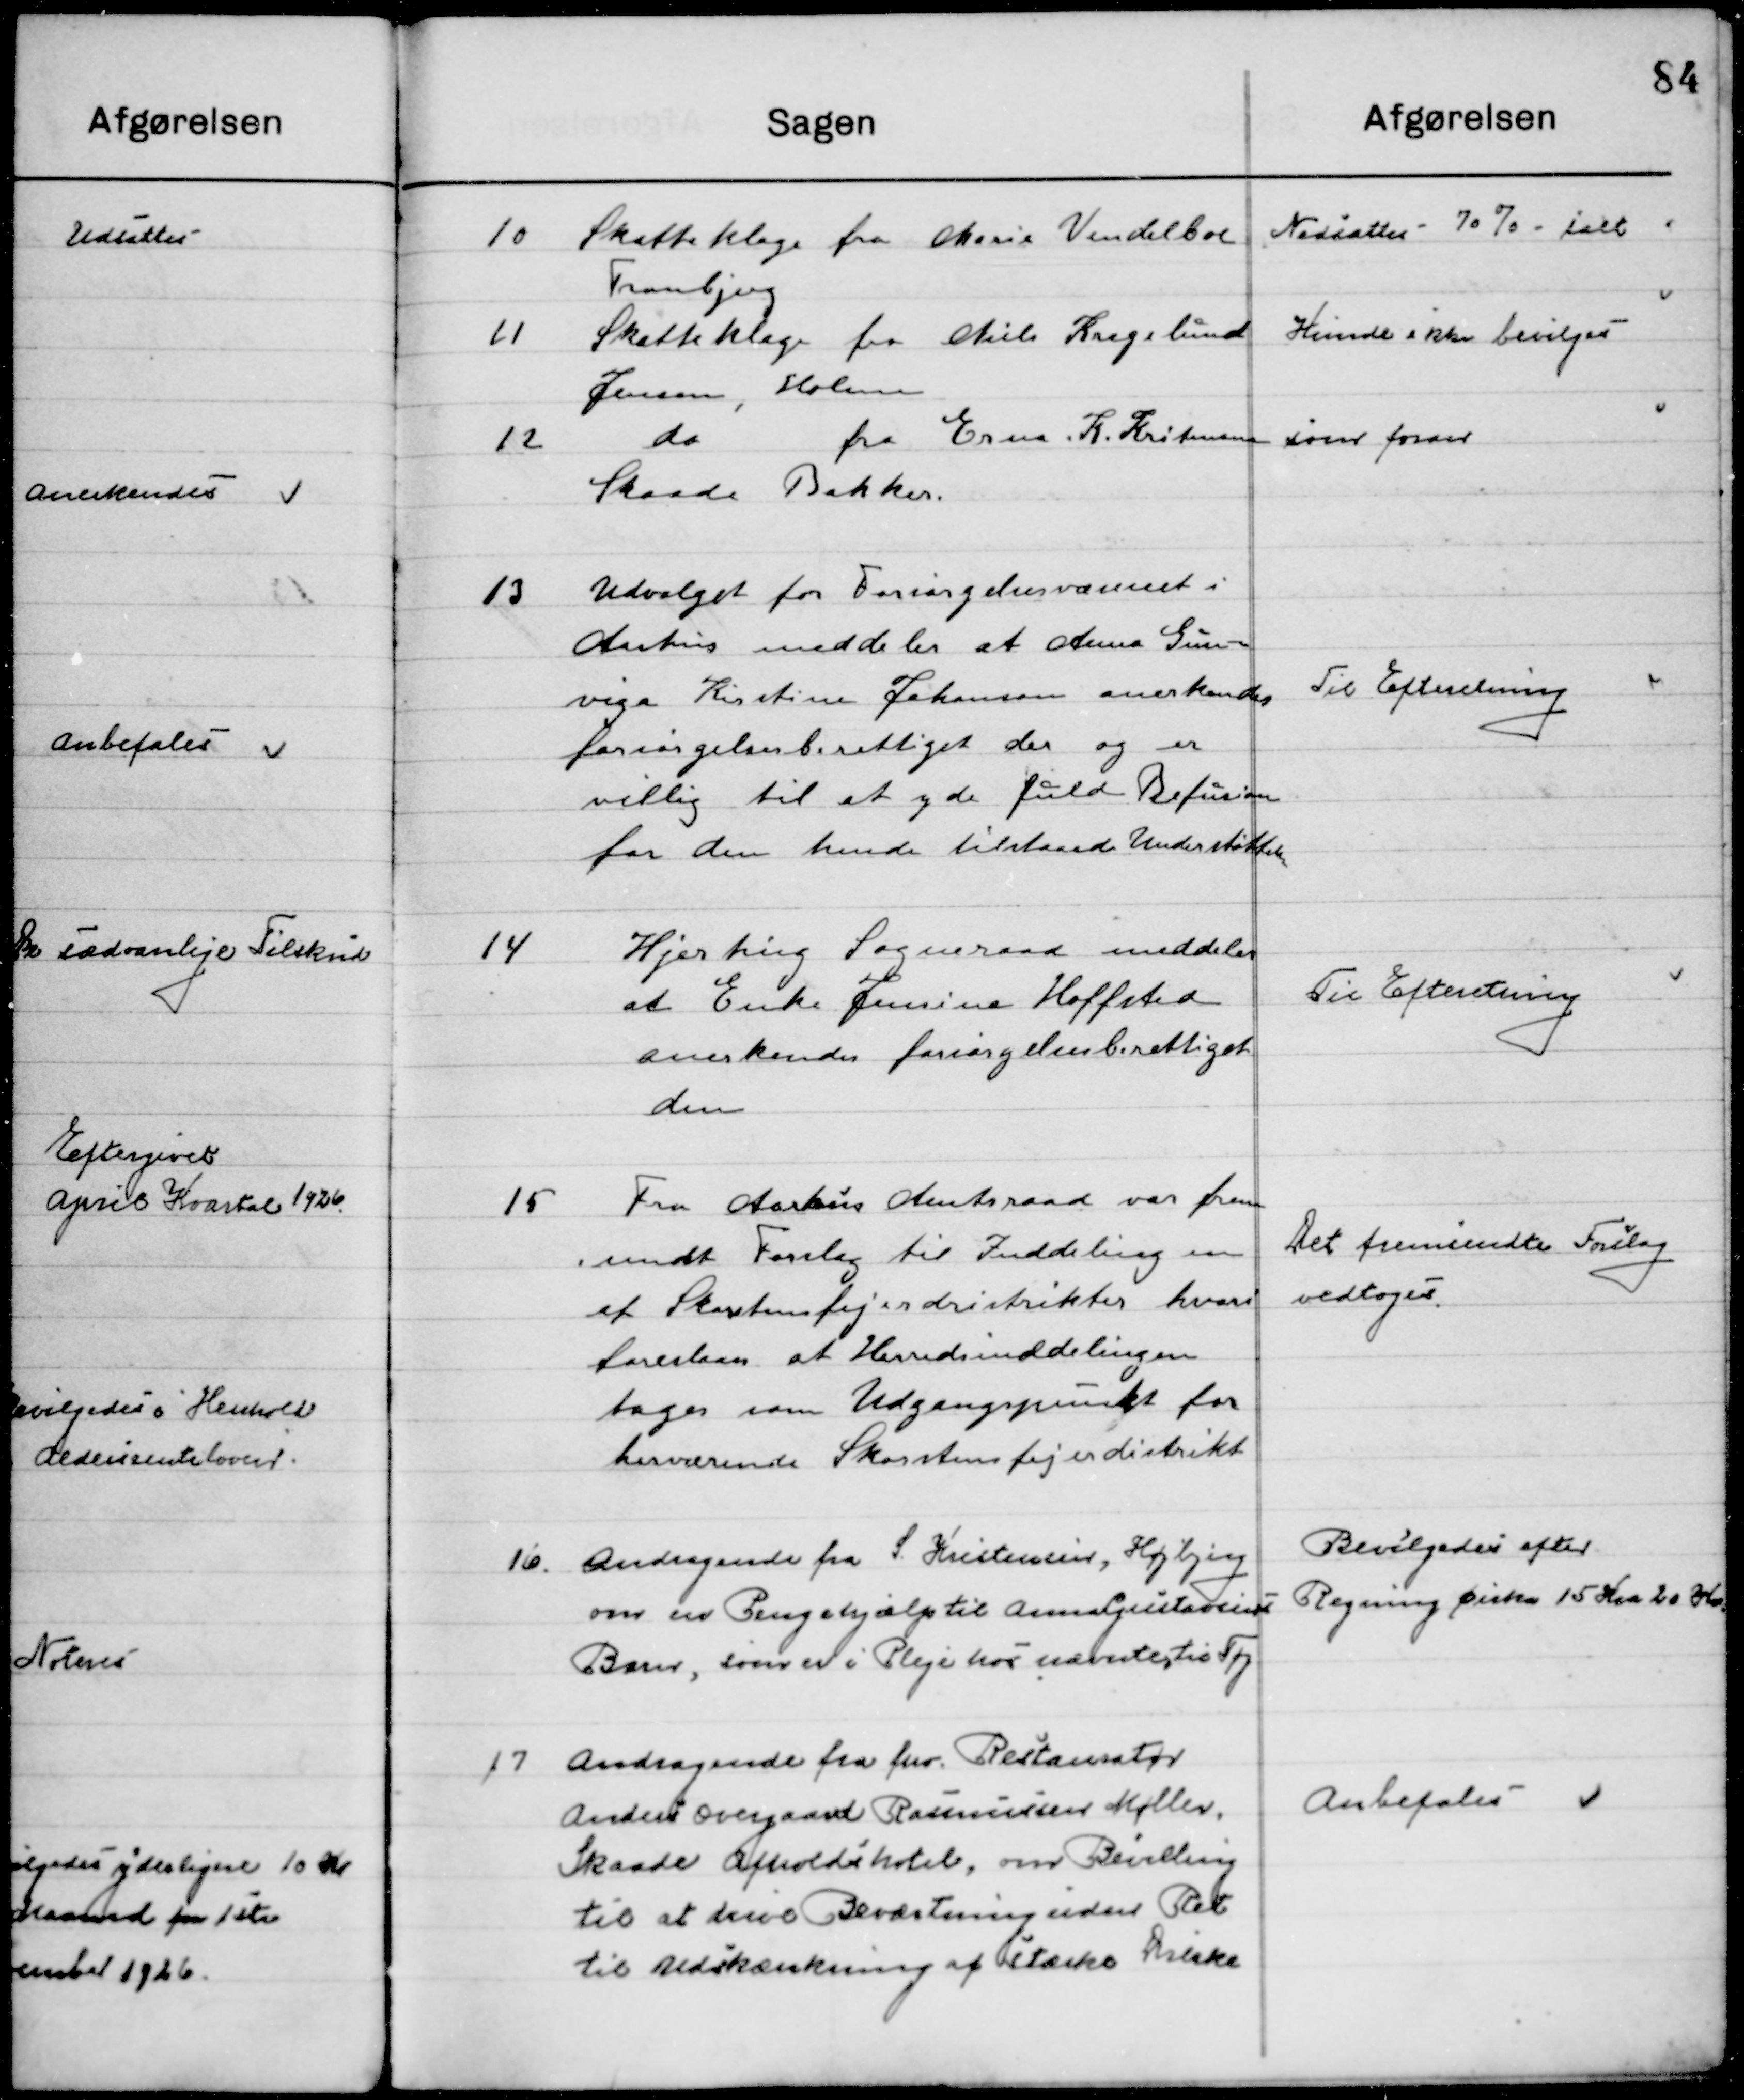
Transskription:
10

Skatteklage fra Marie Vendelboe
Tranbjerg

Nedsættes – 70 % ialt

11

Skatteklage fra Niels Kragelund
Jensen, Holme

Kunde ikke bevilgedes

12

Do fra Erna K. Kristensen
Skaade Bakker

som foran

13

Udvalget for Forsørgelsesvæsenet i
Aarhus meddeler at Anna Gun-
viga Kirstine Johansen anerkendes
forsørgelsesberettiget der og er
villig til at yde fuld Refusion 
for den hende tilstaaede Understøttelse.

Til Efterretning

14

Hjerting Sogneraad meddeler
at Enke Jensine Hoffsted
anerkendes forsørgelsesberettiget 
der.

Til Efterretning

15

Fra Aarhus Amtsraad var frem-
sendt forslag til Inddeling om 
Skorstensfejerdistrikt hvori 
forelaa at Herreredsinddelingen 
tages som Udgangspunkt for 
herværende Skorstensfejerdistrikt.

Det fremsendte forslag
vedtoges

16

Andragende fra S. Kristensen, Højbjerg
om en Pengehjælp til 
Barn, som er i Pleje hos nævnte, til Tøj.

Bevilgedes efter 
Regning ønskes 15 Kr. 20 Øre.

17

Andragende fra fhv. Restauratør
Anders Overgaard Rasmussen Møller,
Skaade Afholdshotel, om Bevilling
til at drive Beværtning uden Ret 
til Udskænkning af stærke Drikke.

Anbefales